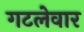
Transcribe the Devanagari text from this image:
गटलेवार